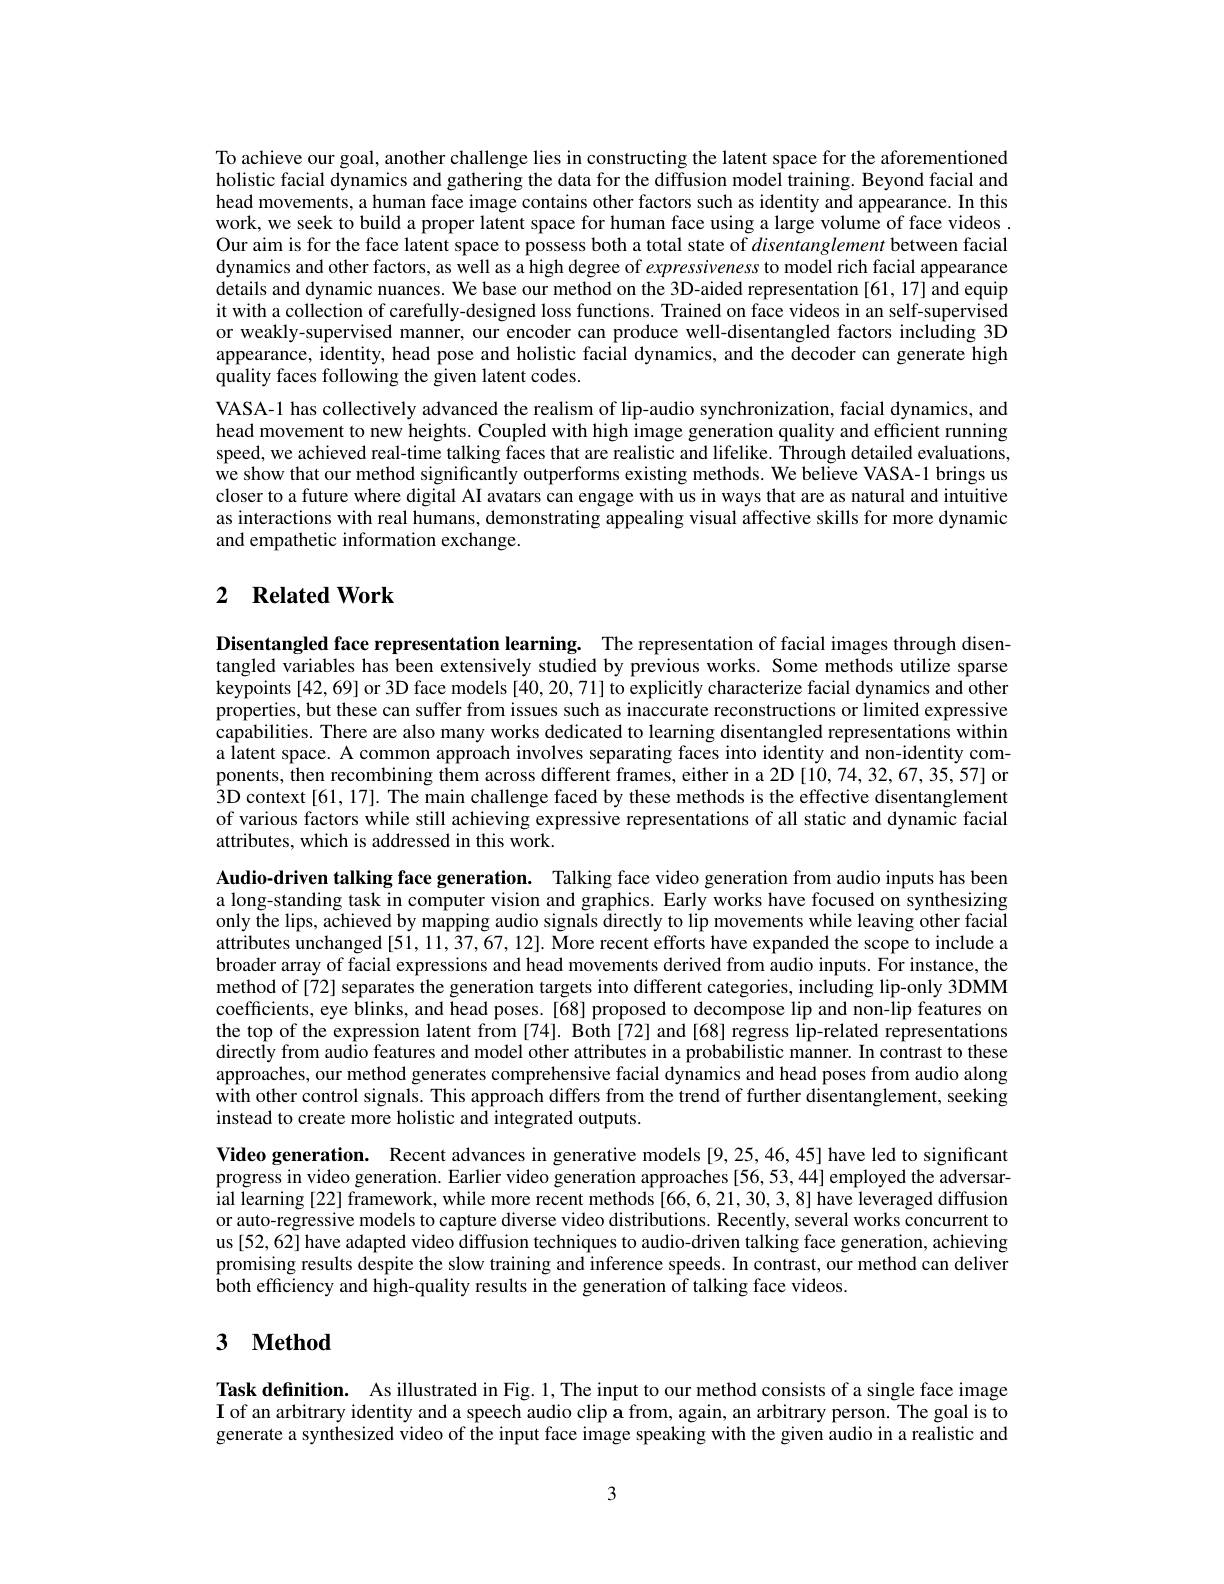
To achieve our goal, another challenge lies in constructing the latent space for the aforementioned holistic facial dynamics and gathering the data for the diffusion model training. Beyond facial and head movements, a human face image contains other factors such as identity and appearance. In this work, we seek to build a proper latent space for human face using a large volume of face videos Our aim is for the face latent space to possess both a total state of disentanglement between facial dynamics and other factors, as well as a high degree of expressiveness to model rich facial appearance details and dynamic nuances. We base our method on the 3D-aided representation [61,17] and equip it with a collection of carefully-designed loss functions. Trained on face videos in an self-supervised or weakly-supervised manner, our encoder can produce well-disentangled factors including 3D appearance, identity, head pose and holistic facial dynamics, and the decoder can generate high quality faces following the given latent codes.
VASA-1 has collectively advanced the realism of lip-audio synchronization, facial dynamics, and head movement to new heights. Coupled with high image generation quality and efficient running speed, we achieved real-time talking faces that are realistic and lifelike. Through detailed evaluations, we show that our method significantly outperforms existing methods. We believe VASA-1 brings us closer to a future where digital AI avatars can engage with us in ways that are as natural and intuitive as interactions with real humans, demonstrating appealing visual affective skills for more dynamic and empathetic information exchange.

## 2 $\textbf{Related Work}$

Disentangled face representation learning. The representation of facial images through disentangled variables has been extensively studied by previous works. Some methods utilize sparse keypoints [42,69] or 3D face models [40,20,71] to explicitly characterize facial dynamics and other properties, but these can suffer from issues such as inaccurate reconstructions or limited expressive capabilities. There are also many works dedicated to learning disentangled representations within a latent space. A common approach involves separating faces into identity and non-identity components, then recombining them across different frames, either in a 2D [10,74,32,67,35,57] or $\hat{3}$D context[61,17]. The main challenge faced by these methods is the effective disentanglement of various factors while still achieving expressive representations of all static and dynamic facial attributes, which is addressed in this work.

Audio-driven talking face generation. Talking face video generation from audio inputs has been a long-standing task in computer vision and graphics. Early works have focused on synthesizing only the lips, achieved by mapping audio signals directly to lip movements while leaving other facial attributes unchanged[51, 11, 37, 67, 12]. More recent efforts have expanded the scope to include a broader array of facial expressions and head movements derived from audio inputs. For instance, the method of [72] separates the generation targets into different categories, including lip-only 3DMM coefficients, eye blinks, and head poses. [68] proposed to decompose lip and non-lip features on the top of the expression latent from [74]. Both [72] and [68] regress lip-related representations directly from audio features and model other attributes in a probabilistic manner. In contrast to these approaches, our method generates comprehensive facial dynamics and head poses from audio along with other control signals. This approach differs from the trend of further disentanglement, seeking instead to create more holistic and integrated outputs.

Video generation. Recent advances in generative models [9,25,46,45] have led to significant progress in video generation. Earlier video generation approaches [56,53,44] employed the adversarial learning [22] framework, while more recent methods [66,6,21,30,3,8] have leveraged diffusion or auto-regressive models to capture diverse video distributions. Recently, several works concurrent to us[52,62] have adapted video diffusion techniques to audio-driven talking face generation, achieving promising results despite the slow training and inference speeds. In contrast, our method can deliver both efficiency and high-quality results in the generation of talking face videos.

# 3 $\textbf{Method}$

Task definition. As illustrated in Fig. 1, The input to our method consists of a single face image $\mathbf{I}$ of an arbitrary identity and a speech audio clip a from, again, an arbitrary person. The goal is to generate a synthesized video of the input face image speaking with the given audio in a realistic and

3